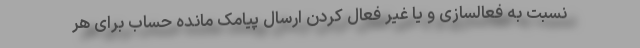
نسبت به فعالسازی و یا غیر فعال کردن ارسال پیامک مانده حساب برای هر